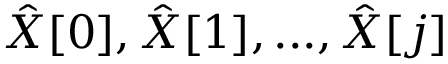
{ \hat { X } } [ 0 ] , { \hat { X } } [ 1 ] , . . . , { \hat { X } } [ j ]